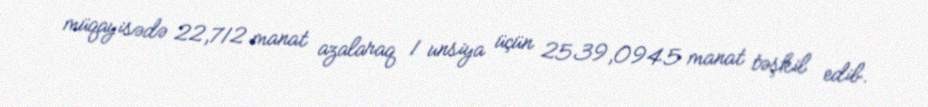
müqayisədə 22,712 manat azalaraq 1 unsiya üçün 2539,0945 manat təşkil edib.